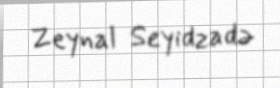
Zeynal Seyidzadə